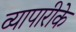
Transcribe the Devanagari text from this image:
व्‍यापारीके